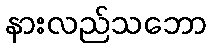
နားလည်သဘော